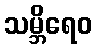
သမ္ဘိရေဝ